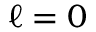
\ell = 0